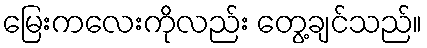
မြေးကလေးကိုလည်း တွေ့ချင်သည်။